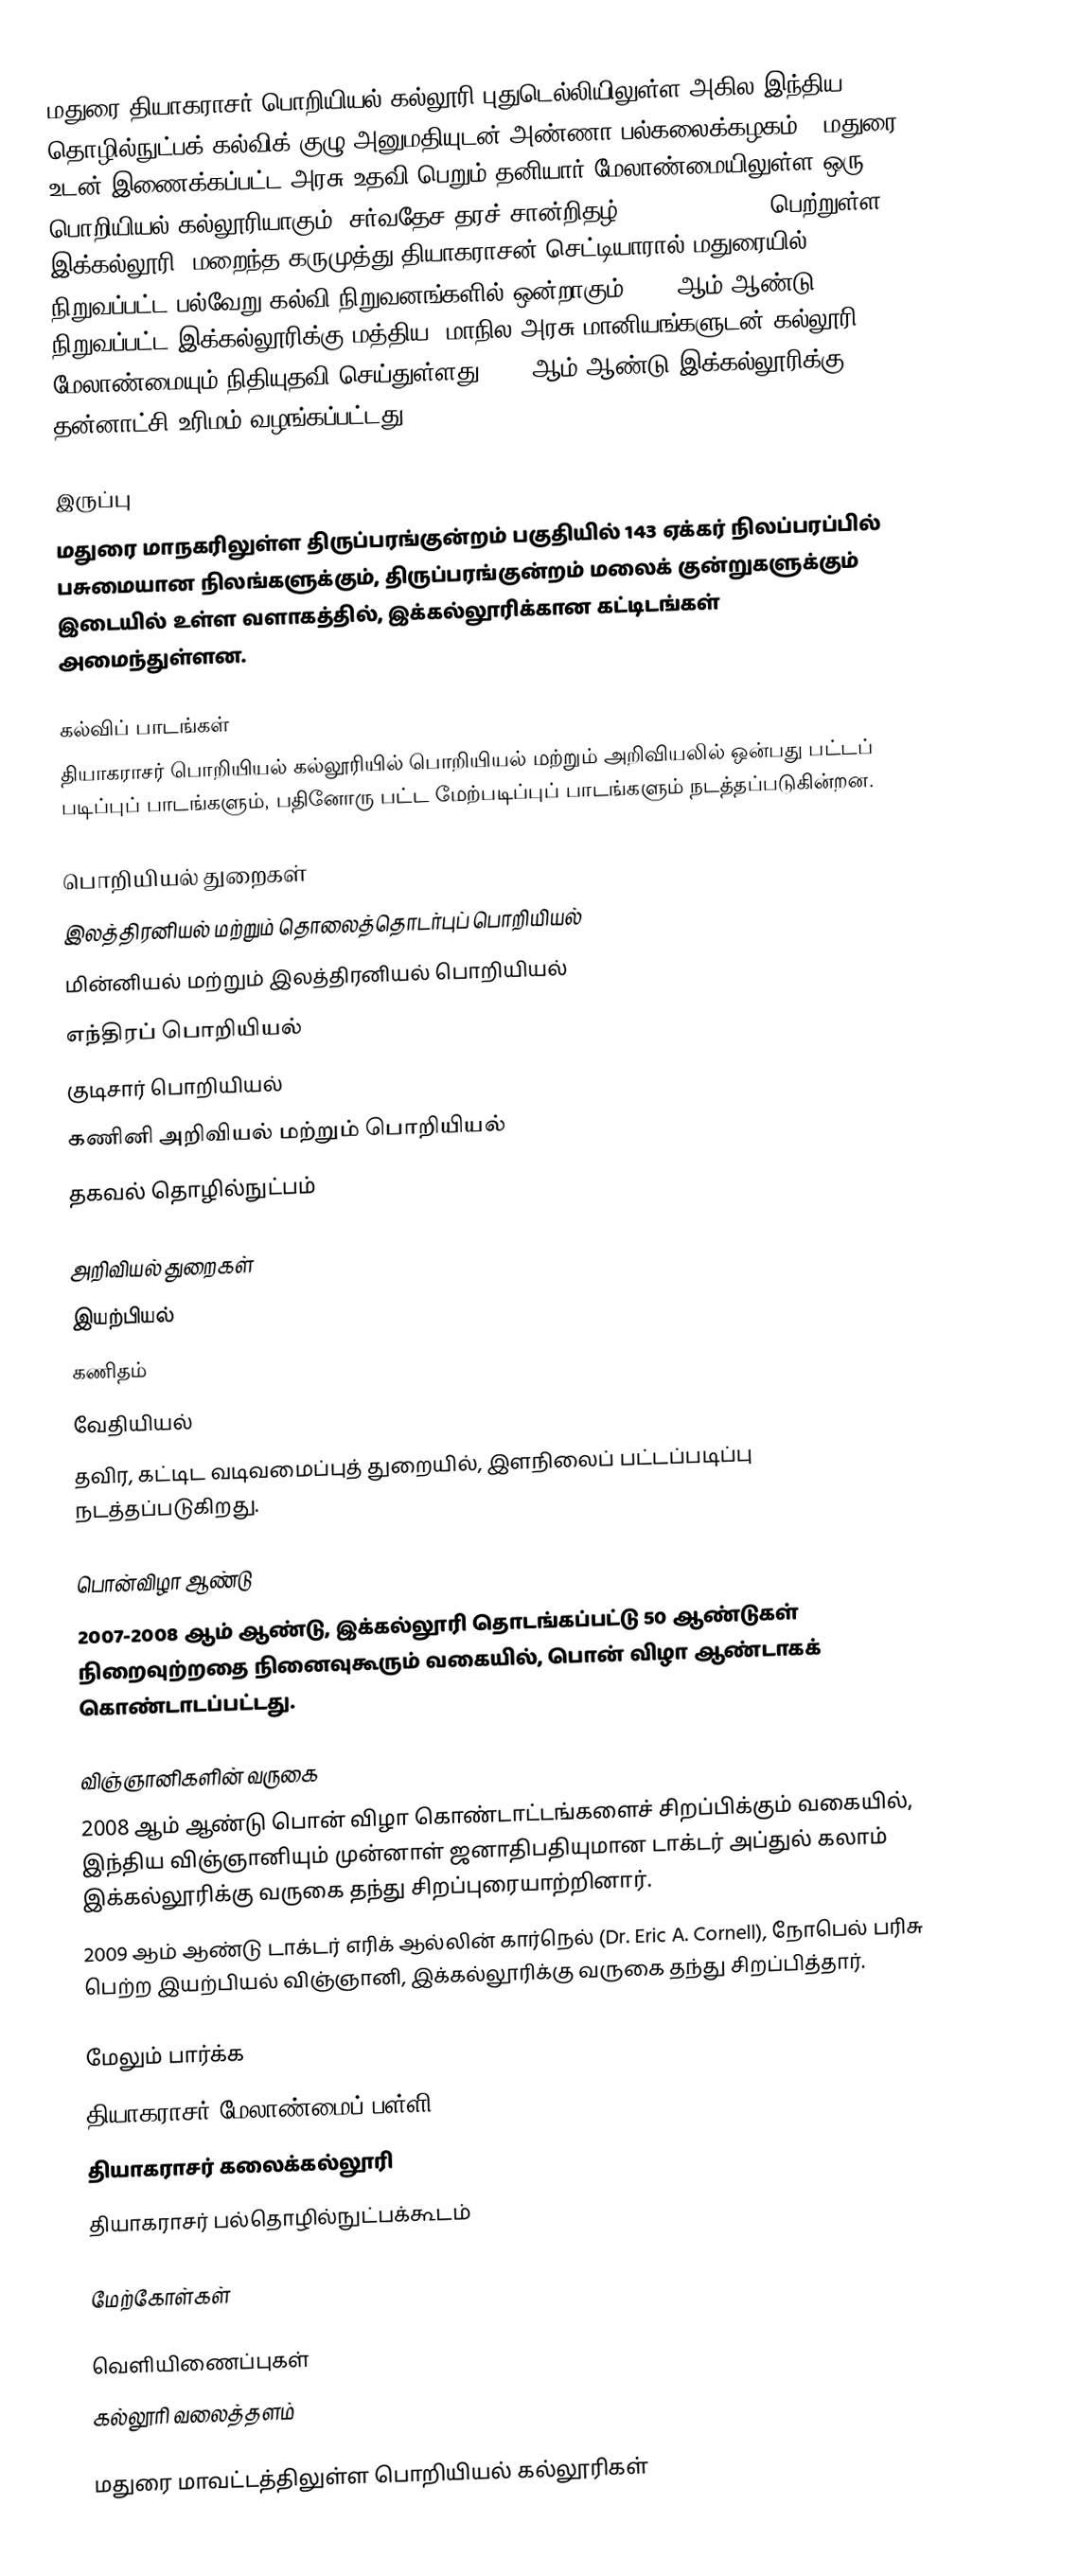
மதுரை தியாகராசர் பொறியியல் கல்லூரி புதுடெல்லியிலுள்ள அகில இந்திய தொழில்நுட்பக் கல்விக் குழு அனுமதியுடன் அண்ணா பல்கலைக்கழகம் - மதுரை உடன் இணைக்கப்பட்ட அரசு உதவி பெறும் தனியார் மேலாண்மையிலுள்ள ஒரு பொறியியல் கல்லூரியாகும். சர்வதேச தரச் சான்றிதழ் (ISO 9001:2000) பெற்றுள்ள இக்கல்லூரி, மறைந்த கருமுத்து தியாகராசன் செட்டியாரால் மதுரையில் நிறுவப்பட்ட பல்வேறு கல்வி நிறுவனங்களில் ஒன்றாகும். 1957ஆம் ஆண்டு நிறுவப்பட்ட இக்கல்லூரிக்கு மத்திய, மாநில அரசு மானியங்களுடன் கல்லூரி மேலாண்மையும் நிதியுதவி செய்துள்ளது. 1987ஆம் ஆண்டு இக்கல்லூரிக்கு தன்னாட்சி உரிமம் வழங்கப்பட்டது.

இருப்பு
மதுரை மாநகரிலுள்ள திருப்பரங்குன்றம் பகுதியில் 143 ஏக்கர் நிலப்பரப்பில் பசுமையான நிலங்களுக்கும், திருப்பரங்குன்றம் மலைக் குன்றுகளுக்கும் இடையில் உள்ள வளாகத்தில், இக்கல்லூரிக்கான கட்டிடங்கள் அமைந்துள்ளன.

கல்விப் பாடங்கள்
தியாகராசர் பொறியியல் கல்லூரியில் பொறியியல் மற்றும் அறிவியலில் ஒன்பது பட்டப் படிப்புப் பாடங்களும், பதினோரு பட்ட மேற்படிப்புப் பாடங்களும் நடத்தப்படுகின்றன.

பொறியியல் துறைகள்
 இலத்திரனியல் மற்றும் தொலைத்தொடர்புப் பொறியியல்
 மின்னியல் மற்றும் இலத்திரனியல் பொறியியல்
 எந்திரப் பொறியியல்
 குடிசார் பொறியியல்
 கணினி அறிவியல் மற்றும் பொறியியல்
 தகவல் தொழில்நுட்பம்

அறிவியல் துறைகள்
 இயற்பியல்
 கணிதம்
 வேதியியல்
தவிர, கட்டிட வடிவமைப்புத் துறையில், இளநிலைப் பட்டப்படிப்பு நடத்தப்படுகிறது.

பொன்விழா ஆண்டு
2007-2008 ஆம் ஆண்டு, இக்கல்லூரி தொடங்கப்பட்டு 50 ஆண்டுகள் நிறைவுற்றதை நினைவுகூரும் வகையில், பொன் விழா ஆண்டாகக் கொண்டாடப்பட்டது.

விஞ்ஞானிகளின் வருகை
 2008 ஆம் ஆண்டு பொன் விழா கொண்டாட்டங்களைச் சிறப்பிக்கும் வகையில், இந்திய விஞ்ஞானியும் முன்னாள் ஜனாதிபதியுமான டாக்டர் அப்துல் கலாம் இக்கல்லூரிக்கு வருகை தந்து சிறப்புரையாற்றினார்.
 2009 ஆம் ஆண்டு டாக்டர் எரிக் ஆல்லின் கார்நெல் (Dr. Eric A. Cornell), நோபெல் பரிசு பெற்ற இயற்பியல் விஞ்ஞானி, இக்கல்லூரிக்கு வருகை தந்து சிறப்பித்தார்.

மேலும் பார்க்க
தியாகராசர் மேலாண்மைப் பள்ளி
தியாகராசர் கலைக்கல்லூரி
தியாகராசர் பல்தொழில்நுட்பக்கூடம்

மேற்கோள்கள்

வெளியிணைப்புகள்
கல்லூரி வலைத்தளம்

மதுரை மாவட்டத்திலுள்ள பொறியியல் கல்லூரிகள்